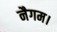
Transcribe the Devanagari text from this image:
नैगम।